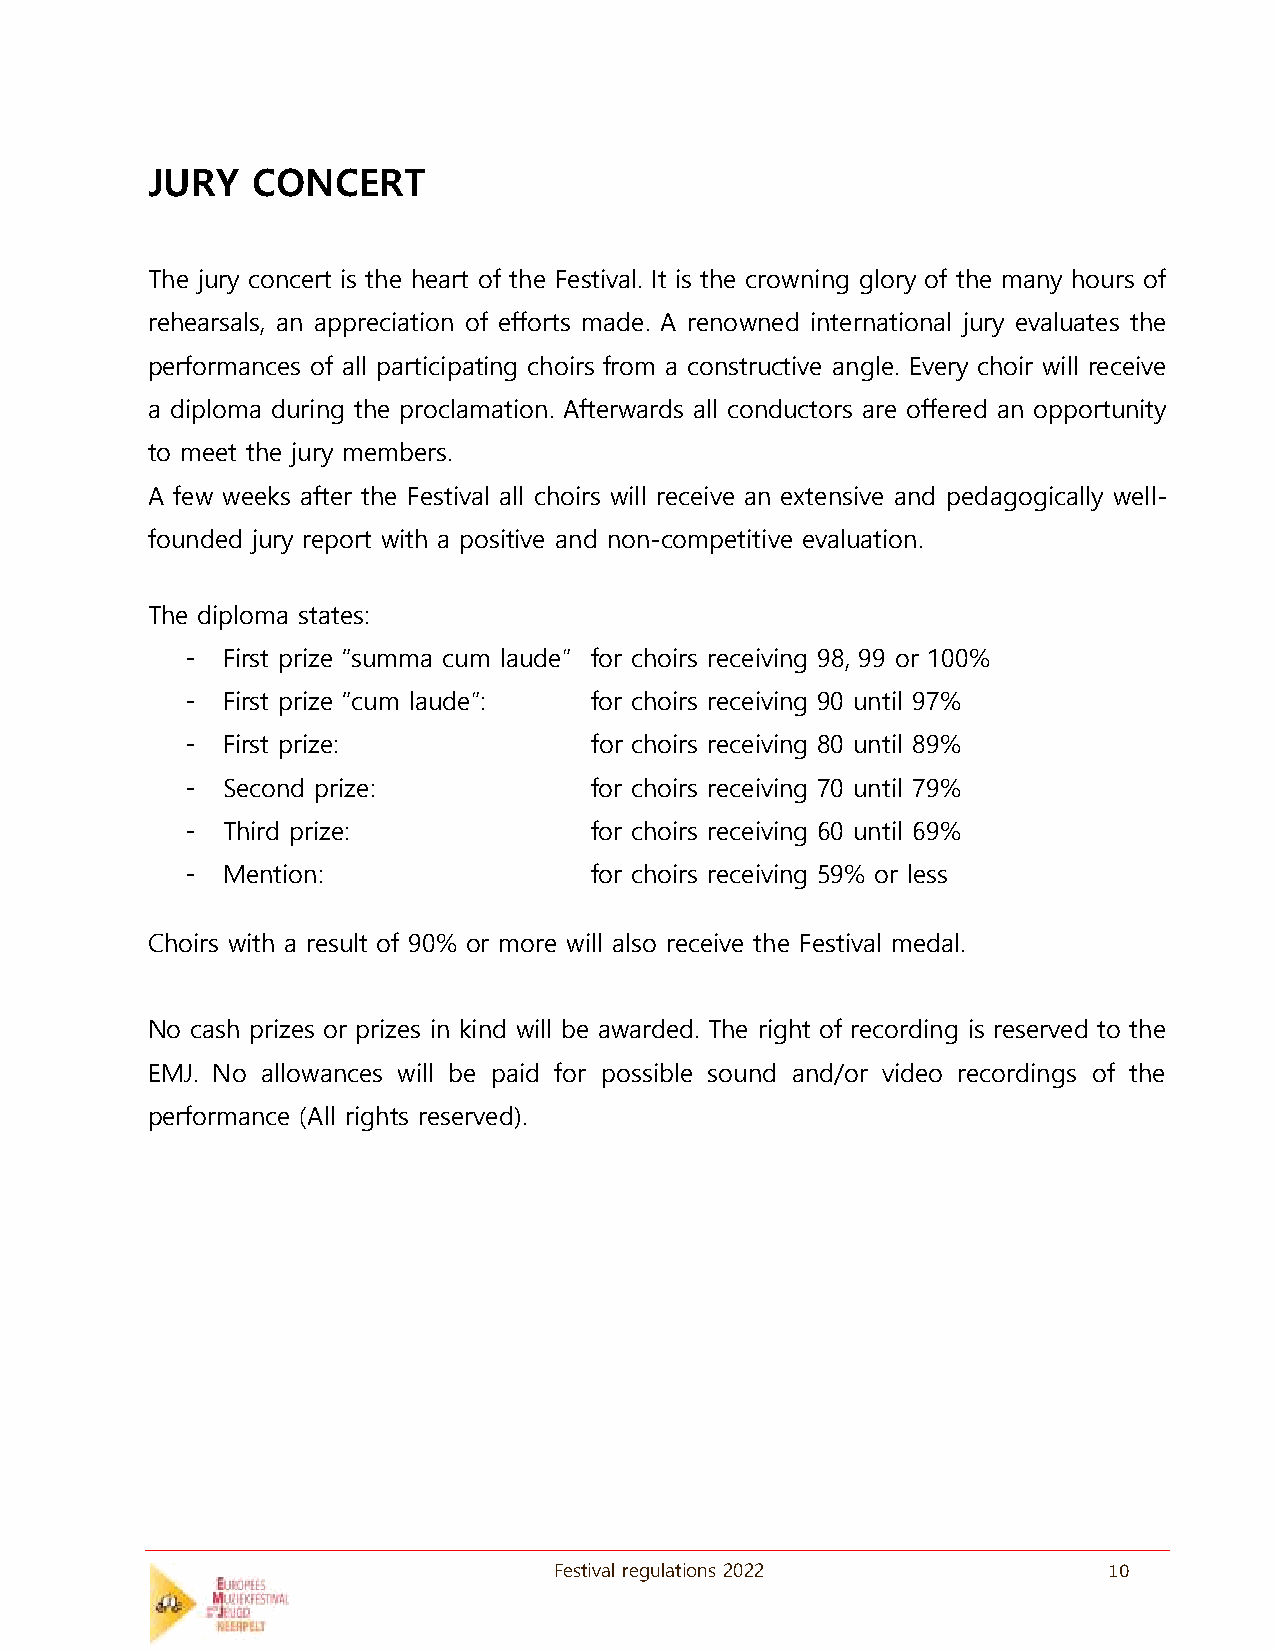
JURY   CONCERT
 The jury concert is the heart of the Festival. It is the crowning glory of the many hours of
 rehearsals, an appreciation of efforts made. A renowned international jury evaluates the
 performances of all participating choirs from a constructive angle. Every choir will receive
 a diploma during the proclamation. Afterwards all conductors are offered an opportunity
 to meet the jury members.
 A few weeks after the Festival all choirs will receive an extensive and pedagogically well-
 founded jury report with a positive and non-competitive evaluation.
 The diploma states:
 -  First prize “summa cum laude” for choirs receiving 98, 99 or 100%
 -  First prize “cum laude”: for choirs receiving 90 until 97%
 -  First prize:            for choirs receiving 80 until 89%
 -  Second prize:           for choirs receiving 70 until 79%
 -  Third prize:            for choirs receiving 60 until 69%
 -  Mention:                for choirs receiving 59% or less
 Choirs with a result of 90% or more will also receive the Festival medal.
 No cash prizes or prizes in kind will be awarded. The right of recording is reserved to the
 EMJ. No allowances will be paid for possible sound and/or video recordings of the
 performance (All rights reserved).
 Festival regulations 2022           10